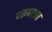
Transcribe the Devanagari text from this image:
परूषराम